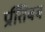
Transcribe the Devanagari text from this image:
प्रतििबब